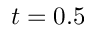
t = 0 . 5